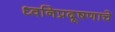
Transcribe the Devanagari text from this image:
ध्वनिप्रदूषणाचे